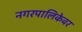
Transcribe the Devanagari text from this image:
नगरपालिकेवर